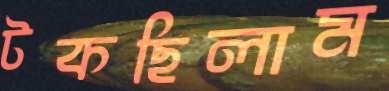
টকছিলাম